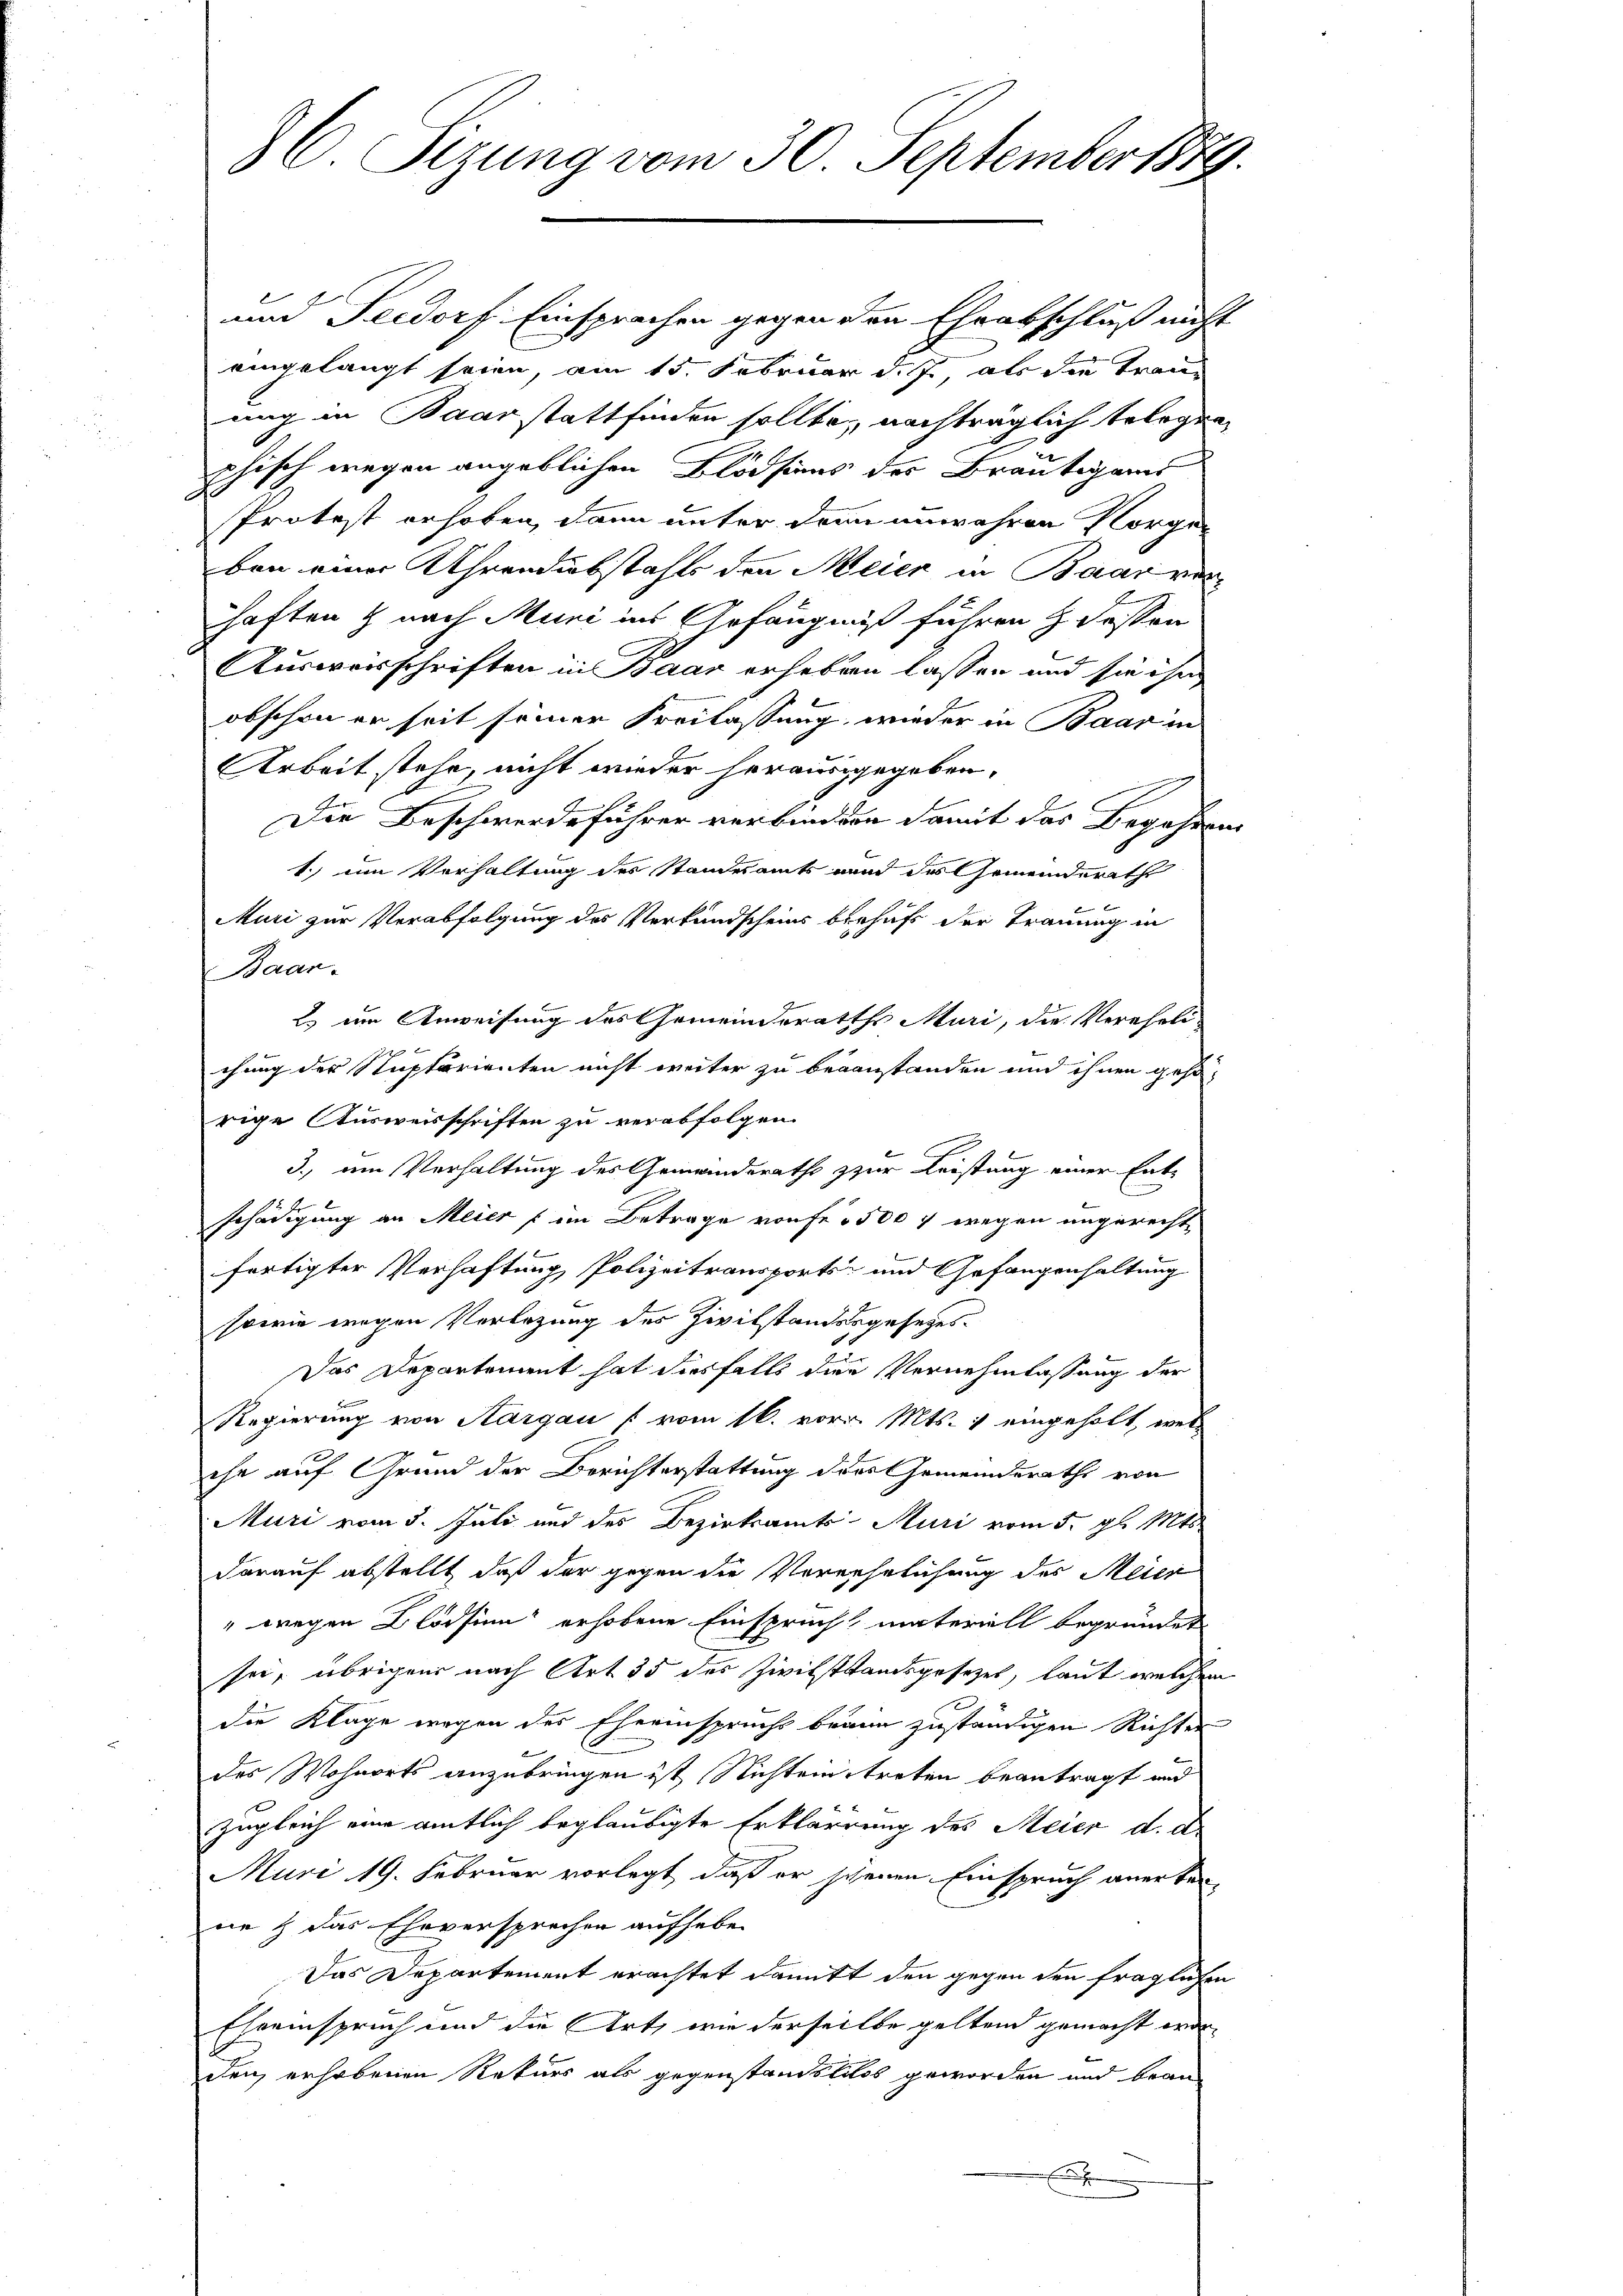
36. Sizung vom 30. September 1889.

und Seedorf Einsprachen gegen den Eheabschluß nicht
eingelangt seien, am 15. Februar d. J., als die Trauung in Baar stattfinden sollte, nachträglich telegen
phisch wegen angeblichen Blödsiens der Bräutigams
Protest erhoben, dann unter dran unwahren Norgen
ben einer Uhrendiebstahls den Meier in Baar verhaften & nach Muri ins Gefängniß führen & Fessen
Ausweisschriften in Baar erheben lassen und sie ihn
obschon er seit seiner Freilassung, wieder in Baar in
Arbeit stehe, nicht wieder herausgegeben.
Die Beschwerdeführer verbinden damit das Begehren
1.) Im Verhaltung des Standesamts vnnd des Gemeinderath
Muri zur Verabfolgung des Verkundscheins behufs der Trauung in
Baar¬
Es um Anweisung des Gemeinderaths Muri, die Vereheli
chung der Stuptarienten nicht weiter zu beanstanden und ihnen gesorige Ausweisschriften zu verabfolgen.
3.), um Verhaltung des Gemeinderath zur Leistung einer Entschädigung an Meier (im Betrage von fe 5500 f wegen angerechte
fertigter Verhaftung Polizeitransports und Gefangenhaltung
sowie wegen Vorlegung des Zivilstandesgesetzes¬
Das Departement hat diesfalls die Vornehmlassung der
Regierung von Aargau [ vom 16. vor. Mts. & eingeholt, welche auf Grund der Berichterstattung dies Gemeindsrath von
Muri vom 5. Juli und des Bezirksamts Muri vom 5. gl. Mts.
darauf abstellt, daß der gegen die Vernehelichung des Meier
"wegen Blödsinn erhobene Einspruch materiell begründet
sei, übrigen nach Art 35 der Zwittstandsgesetzes, laut welchem
die Klage wegen des Eheeinsprucht braun zuständigen Richter
des Wohnorts anzubringen ist Nichteintreten beantragt und
zugleich eine amtlich beglaubigte Erklärrung des Meier d. d.
Muri 19. Februar vorlegt, daß er schenen Einspruch anerkenne & das Eheversprechen aufheben
Das Departement erachtet damitt den gegen den fraglichen
Eheeinspruch und die Art, wie derselbe geltend gemacht worden erhobenen Rekurs als gegenstandstolos geworden und brau
.